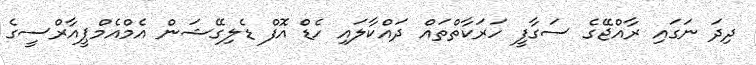
ދިދަ ނަގައި ރާއްޖޭގެ ސަގާފީ ހަރަކާތްތައް ދައްކާލައި ހެޑް އޮފް ޑެލިގޭޝަން އެމްއެމްޕީއާރްސީގެ